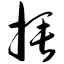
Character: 捶